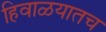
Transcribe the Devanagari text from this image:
हिवाळयातच